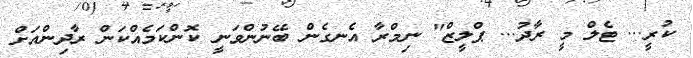
ކުރީ... ޓެލް މީ ރާދު... ޕްލީޒް" ނިމްރާ އެނގެން ބޭނުންވަނީ ކޮންކަމެއްކަން ރާދިންއަށް